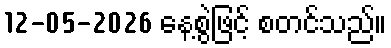
12-05-2026 နေ့စွဲဖြင့် စတင်သည်။